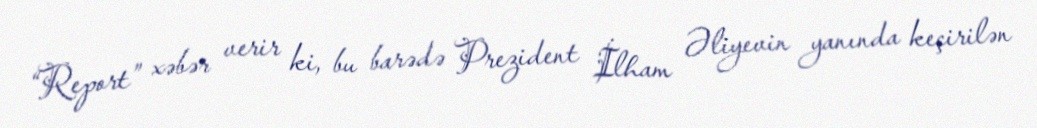
“Report” xəbər verir ki, bu barədə Prezident İlham Əliyevin yanında keçirilən